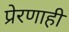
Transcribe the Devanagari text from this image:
प्रेरणाही